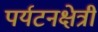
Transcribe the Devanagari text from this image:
पर्यटनक्षेत्री